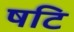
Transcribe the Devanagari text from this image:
षटि